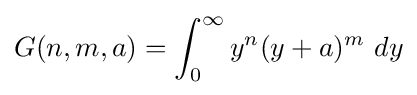
G(n,m,a)=\int _{0}^{\infty }y^{n}(y+a)^{m}\ dy